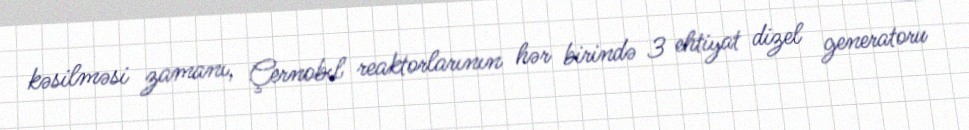
kəsilməsi zamanı, Çernobıl reaktorlarının hər birində 3 ehtiyat dizel generatoru